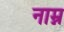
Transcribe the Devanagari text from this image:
नाम्न